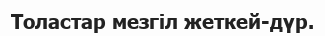
Толастар мезгіл жеткей-дүр.